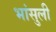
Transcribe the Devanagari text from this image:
भांसुली